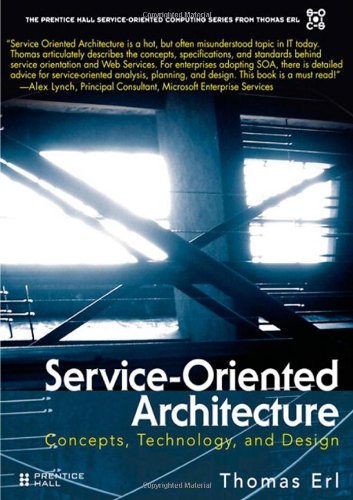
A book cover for Service-Oriented Architecture (SOA): Concepts, Technology, and Design; Thomas Erl; Computers & Technology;